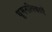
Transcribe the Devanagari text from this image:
धूमनलिकाएँ